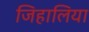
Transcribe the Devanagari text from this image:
जिहालिया